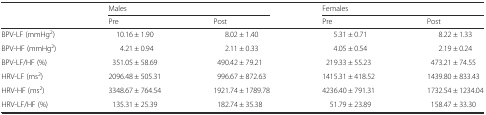
|  | <COLSPAN=2> Males | <COLSPAN=2> Females |
 |  | Pre | Post | Pre | Post |
 | --- | --- | --- | --- | --- |
 | BPV-LF (mmHg2) | 10.16 ± 1.90 | 8.02 ± 1.40 | 5.31 ± 0.71 | 8.22 ± 1.33 |
 | BPV-HF (mmHg2) | 4.21 ± 0.94 | 2.11 ± 0.33 | 4.05 ± 0.54 | 2.19 ± 0.24 |
 | BPV-LF/HF (%) | 351.05 ± 58.69 | 490.42 ± 79.21 | 219.33 ± 55.23 | 473.21 ± 74.55 |
 | HRV-LF (ms2) | 2096.48 ± 505.31 | 996.67 ± 872.63 | 1415.31 ± 418.52 | 1439.80 ± 833.43 |
 | HRV-HF (ms2) | 3348.67 ± 764.54 | 1921.74 ± 1789.78 | 4236.40 ± 791.31 | 1732.54 ± 1234.04 |
 | HRV-LF/HF (%) | 135.31 ± 25.39 | 182.74 ± 35.38 | 51.79 ± 23.89 | 158.47 ± 33.30 |